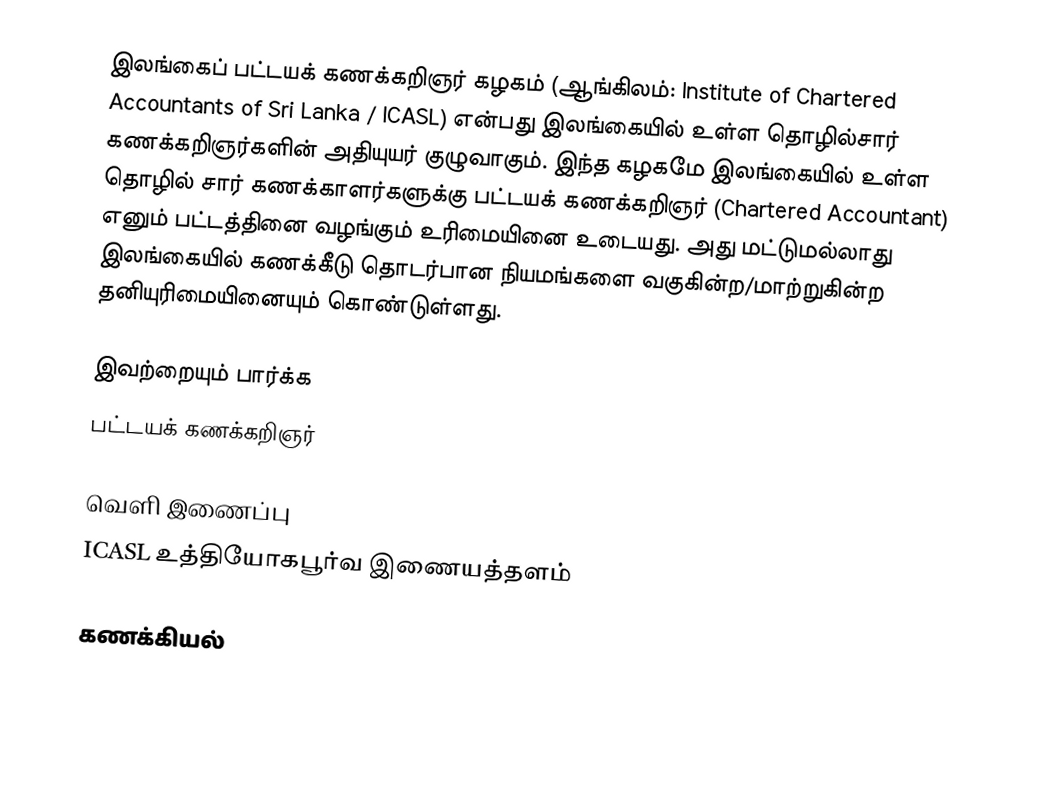
இலங்கைப் பட்டயக் கணக்கறிஞர் கழகம் (ஆங்கிலம்: Institute of Chartered Accountants of Sri Lanka / ICASL) என்பது இலங்கையில் உள்ள தொழில்சார் கணக்கறிஞர்களின் அதியுயர் குழுவாகும். இந்த கழகமே இலங்கையில் உள்ள தொழில் சார் கணக்காளர்களுக்கு  பட்டயக் கணக்கறிஞர் (Chartered Accountant) எனும் பட்டத்தினை வழங்கும் உரிமையினை உடையது. அது மட்டுமல்லாது இலங்கையில் கணக்கீடு தொடர்பான நியமங்களை வகுகின்ற/மாற்றுகின்ற தனியுரிமையினையும் கொண்டுள்ளது.

இவற்றையும் பார்க்க
பட்டயக் கணக்கறிஞர்

வெளி இணைப்பு
ICASL உத்தியோகபூர்வ இணையத்தளம்

கணக்கியல்